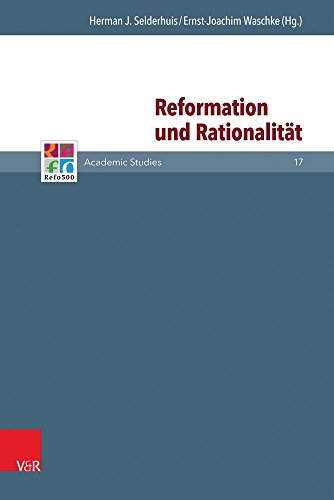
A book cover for Reformation und RationalitÃ¤t (Refo500 Academic Studies) (German Edition); Herman Selderhuis; Christian Books & Bibles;